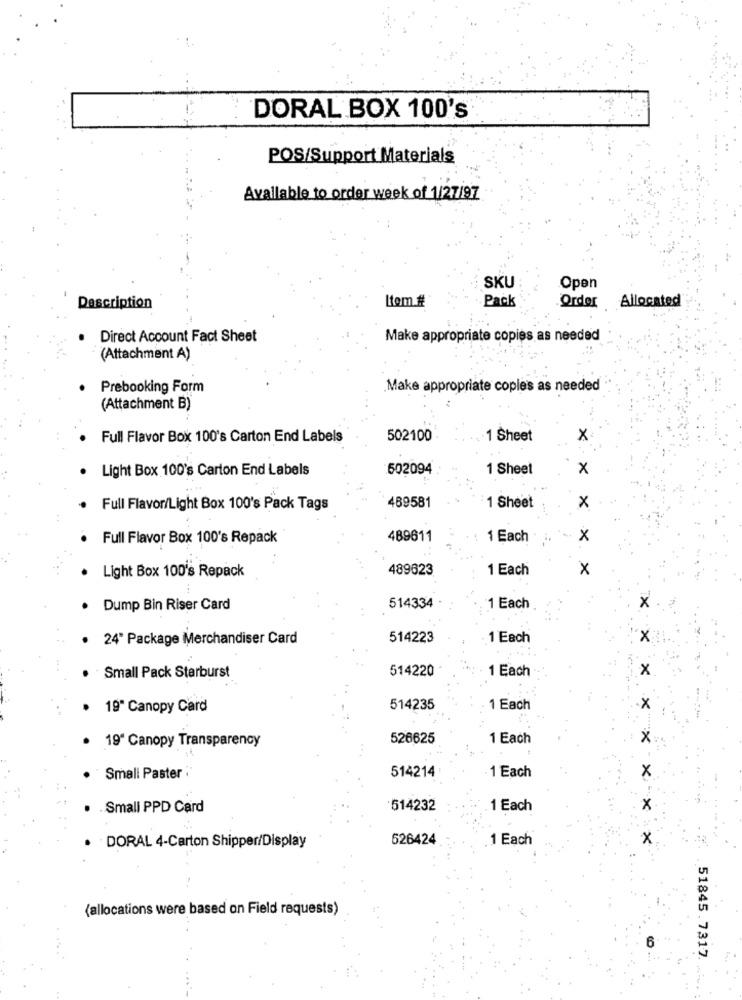
DORAL BOX 100's
POS/Support Materials
Available to order week of 1/27/97
SKU
Open
Item #
Pack
Description
Order
Allocated
Direct Account Fact Sheet
Make appropriate copies as needed
(Attachment A)
Prebooking Form
Make appropriate coples as needed
(Attachment B)
Full Flavor Box 100's Carton End Labels
502100
-1 Sheet
X
Light Box 100's Carton End Labels
502094
1 Sheet
×
Full Flavor/Light Box 100's Pack Tags
469581
1 Sheet
X
Full Flavor Box 100's Repack
489611
1 Each
x
Light Box 100's Repack
489623
1 Each
X
514334
Dump Bin Riser Card
1 Each
x
24" Package Merchandiser Card
514223
1 Each
· Small Pack Starburst
514220
1 Each
x
19" Canopy Card
514235
1 Each
x
· 19" Canopy Transparency
526625
1 Each
x
514214
x
Small Paster
1 Each
. Small PPD Card
514232
1 Each
x
526424
1 Each
x
· · DORAL 4-Carton Shipper/Display
(allocations were based on Field requests)
6
51845.7317.